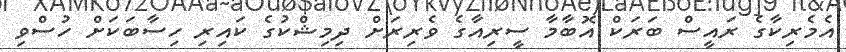
އެމެރިކާގެ ރައީސް ބަރަކް އޮބާމާ ސީރިއާގެ ވެރިރަށް ދިމިޝްކުގެ ކައިރި ހިސާބަކަށް ހުސްވި